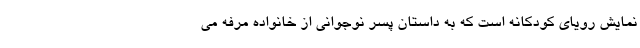
نمایش رویای کودکانه است که به داستان پسر نوجوانی از خانواده مرفه می